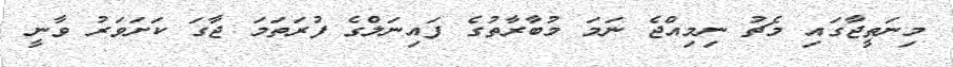
މިނަތީޖާގައި މެޗު ނިމިއްޖެ ނަމަ މުބާރާތުގެ ފައިނަލްގެ ފުރަތަމަ ޖާގަ ކަށަވަރު ވާނީ